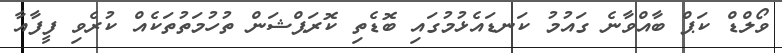
ވޯލްޑް ކަޕް ބާއްވާނެ ގައުމު ކަނޑައެޅުމުގައި ބޮޑެތި ކޮރަޕްޝަން ތުހުމަތުތަކެއް ކުރެވި ފީފާއާ